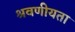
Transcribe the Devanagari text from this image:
श्रवणीयता